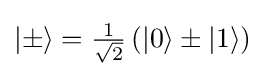
{\textstyle \left|\pm \right\rangle ={\frac {1}{\sqrt {2}}}\left(\left|0\right\rangle \pm \left|1\right\rangle \right)}